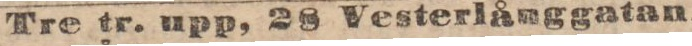
Tre tr. upp, 28 Vesterlånggatan.